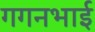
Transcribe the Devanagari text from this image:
गगनभाई